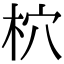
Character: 柼